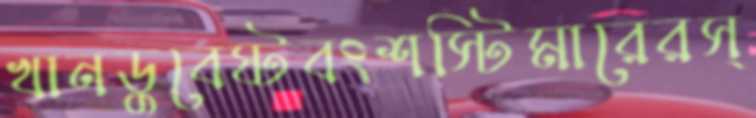
খানডুবেষ্টবংশস্টিমারেরস্